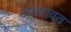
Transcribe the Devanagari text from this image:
अध्यावत